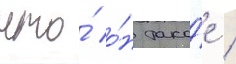
что́ о́н тако́е /